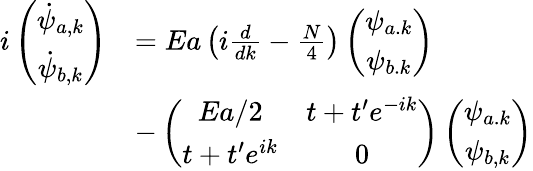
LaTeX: \begin{array}{rl}{i\left(\begin{array}{c}{\dot{\psi}_{a,k}}\\ {\dot{\psi}_{b,k}}\end{array}\right)}&{=Ea\left(i\frac{d}{dk}-\frac{N}{4}\right)\left(\begin{array}{c}{\psi_{a.k}}\\ {\psi_{b.k}}\end{array}\right)}\\ &{-\left(\begin{array}{cc}{Ea/2}&{t+t^{\prime}e^{-ik}}\\ {t+t^{\prime}e^{ik}}&{0}\end{array}\right)\left(\begin{array}{c}{\psi_{a.k}}\\ {\psi_{b,k}}\end{array}\right)}\end{array}